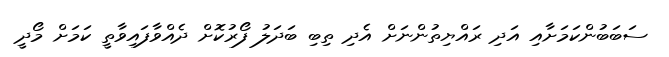
ސަބަބުންކަމަށާއި އަދި ރައްޔިތުންނަށް އެދި ތިބި ބަދަލު ފޯރުކޮށް ދެއްވާފައިވާތީ ކަމަށް މޯދީ